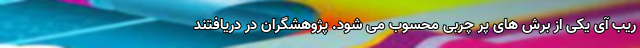
ریب آی یکی از برش های پر چربی محسوب می شود. پژوهشگران در دریافتند